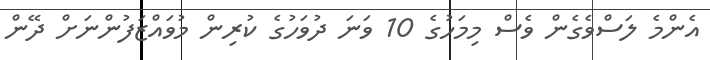
އެންމެ ލަސްވެގެން ވެސް މިމަހުގެ 10 ވަނަ ދުވަހުގެ ކުރިން މުވައްޒަފުންނަށް ދޭން